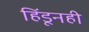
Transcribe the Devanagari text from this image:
हिंडूनही